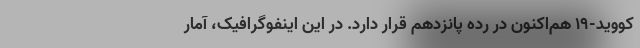
کووید-۱۹ هم‌اکنون در رده پانزدهم قرار دارد. در این اینفوگرافیک، آمار